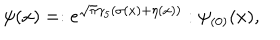
LaTeX: \psi ( x ) = : e ^ { \sqrt \pi \gamma _ { 5 } ( \sigma ( x ) + \eta ( x ) ) } : \psi _ { ( 0 ) } ( x ) ,